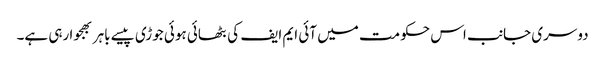
دوسری جانب اس حکومت میں آئی ایم ایف کی بٹھائی ہوئی جوڑی پیسے باہر بھجوا رہی ہے۔